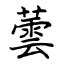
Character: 蕓